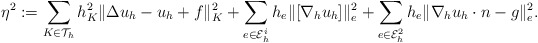
\begin{align*}\eta^2 & := \sum_{K\in \mathcal{T}_h} h_K^2 \|\Delta u_h - u_h +f\|^2_K + \sum_{e\in {\cal E}_h^i} h_e \|[\nabla_h u_h]\|^2_e +\sum_{e\in {\cal E}_h^2} h_e \|\nabla_h u_h\cdot n-g\|^2_e.\end{align*}